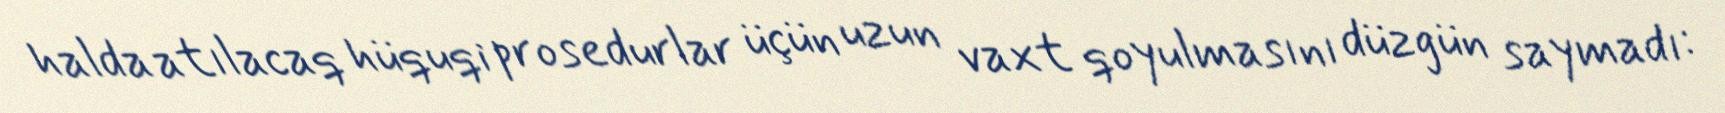
halda atılacaq hüquqi prosedurlar üçün uzun vaxt qoyulmasını düzgün saymadı: